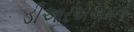
ડીઆરએએમનો